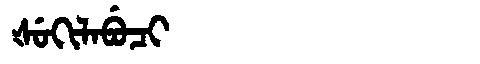
Manchu: ᡧᡠᡴᡳᠯᠠᠪᡠᠴᡳ
Romanization: ŠUKILABUCI